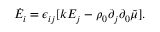
\dot { E } _ { i } = \epsilon _ { i j } [ k E _ { j } - \rho _ { 0 } \partial _ { j } \partial _ { 0 } \tilde { \mu } ] .